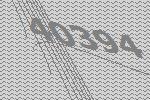
40394